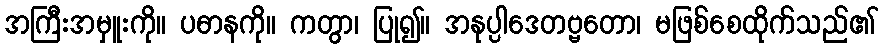
အကြီးအမှူးကို။ ပဓာနကို။ ကတွာ၊ ပြု၍။ အနုပ္ပါဒေတဗ္ဗတော၊ မဖြစ်စေထိုက်သည်၏